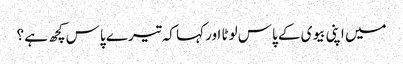
میں اپنی بیوی کے پاس لوٹا اور کہا کہ تیرے پاس کچھ ہے ؟